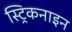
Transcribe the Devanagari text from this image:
स्ट्रिकनाइन